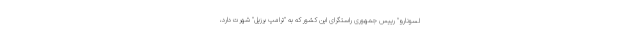
لسونارو" رییس جمهوری راستگرای این کشور که به "ترامپ برزیل" شهرت دارد،